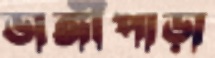
ডাঙ্গীপাড়া